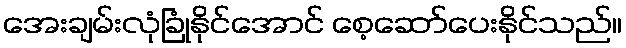
အေးချမ်းလုံခြုံနိုင်အောင် စေ့ဆော်ပေးနိုင်သည်။